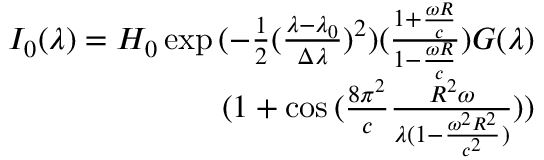
\begin{array} { r } { I _ { 0 } ( \lambda ) = H _ { 0 } \exp { ( - \frac { 1 } { 2 } ( \frac { \lambda - \lambda _ { 0 } } { \Delta \lambda } ) ^ { 2 } ) ( \frac { 1 + \frac { \omega R } { c } } { 1 - \frac { \omega R } { c } } ) } G ( \lambda ) } \\ { ( 1 + \cos { ( \frac { 8 \pi ^ { 2 } } { c } \frac { R ^ { 2 } \omega } { \lambda ( 1 - \frac { \omega ^ { 2 } R ^ { 2 } } { c ^ { 2 } } ) } ) } ) } \end{array}